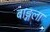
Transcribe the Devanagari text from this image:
बाङ्गला